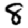
Digit: 8